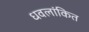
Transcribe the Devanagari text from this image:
धवलांकित